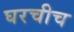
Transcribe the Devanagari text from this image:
घरचीच